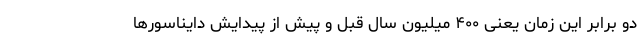
دو برابر این زمان یعنی ۴۰۰ میلیون‌ سال قبل و پیش از پیدایش دایناسورها